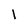
Character: l